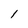
Character: 1